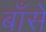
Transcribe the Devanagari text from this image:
बाँसे